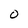
Character: O